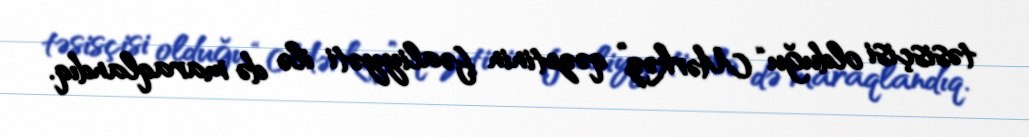
təsisçisi olduğu “Mərkəz” qəzetinin fəaliyyəti ilə də maraqlandıq.